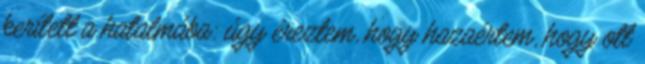
kerített a hatalmába: úgy éreztem, hogy hazaértem, hogy ott